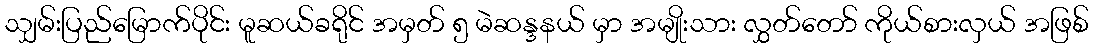
သျှမ်းပြည်မြောက်ပိုင်း မူဆယ်ခရိုင် အမှတ် ၅ မဲဆန္ဒနယ် မှာ အမျိုးသား လွှတ်တော် ကိုယ်စားလှယ် အဖြစ်